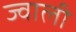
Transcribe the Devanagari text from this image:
ज्वाली